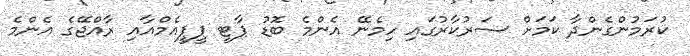
ކުރަމުންގެންދާ ކަމަށް ސަރުކާރުގައި ހިމެނޭ އެންމެ ބޮޑު ޕާޓީ ޕީޕީއެމްއާއި ރާއްޖޭގެ އެންމެ